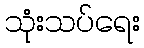
သုံးသပ်ရေး